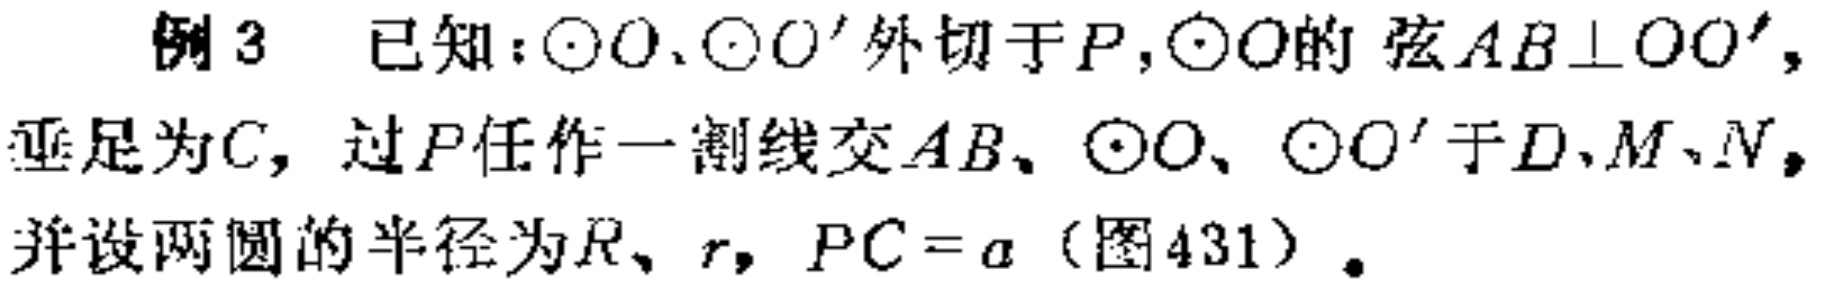
例3 已知：$\odot O$、$\odot O'$外切于$P$，$\odot O$的弦$AB\perp OO'$，垂足为$C$，过$P$任作一割线交$AB$、$\odot O$、$\odot O'$于$D$、$M$、$N$，并设两圆的半径为$R$、$r$，$PC = a$（图431）.